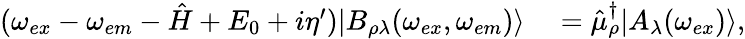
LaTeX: \begin{array}{rl}{(\omega_{ex}-\omega_{em}-\hat{H}+E_{0}+i\eta^{\prime})|B_{\rho\lambda}(\omega_{ex},\omega_{em})\rangle}&{{}=\hat{\mu}_{\rho}^{\dagger}|A_{\lambda}(\omega_{ex})\rangle,}\end{array}